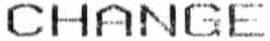
CHANGE